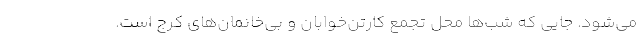
می‌شود. جایی که شب‌ها محل تجمع کارتن‌خوابان و بی‌خانمان‌های کرج است.